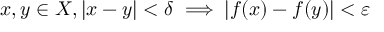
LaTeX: x , y \in X , | x - y | < \delta \implies | f ( x ) - f ( y ) | < \varepsilon